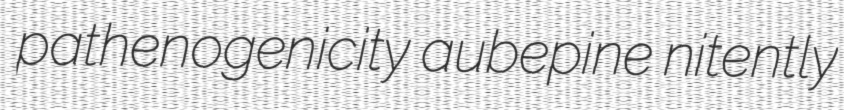
pathenogenicity aubepine nitently